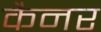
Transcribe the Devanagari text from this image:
कैनर